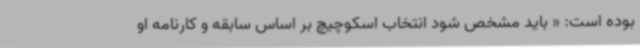
بوده است: « باید مشخص شود انتخاب اسکوچیچ بر اساس سابقه و کارنامه او